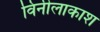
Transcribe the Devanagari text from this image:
विनीलाकाश